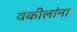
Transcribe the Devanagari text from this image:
वकीलांना